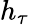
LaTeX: h_{\tau}